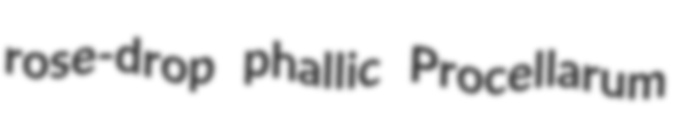
rose-drop phallic Procellarum